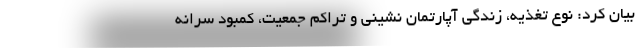
بیان کرد: نوع تغذیه، زندگی آپارتمان نشینی و تراکم جمعیت، کمبود سرانه